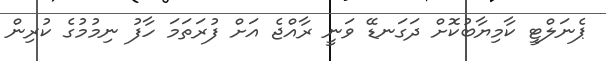
ޕެނަލްޓީ ކާމިޔާބުކޮށް ދަގަނޑޭ ވަނީ ރާއްޖެ އަށް ފުރަތަމަ ހާފު ނިމުމުގެ ކުރިން